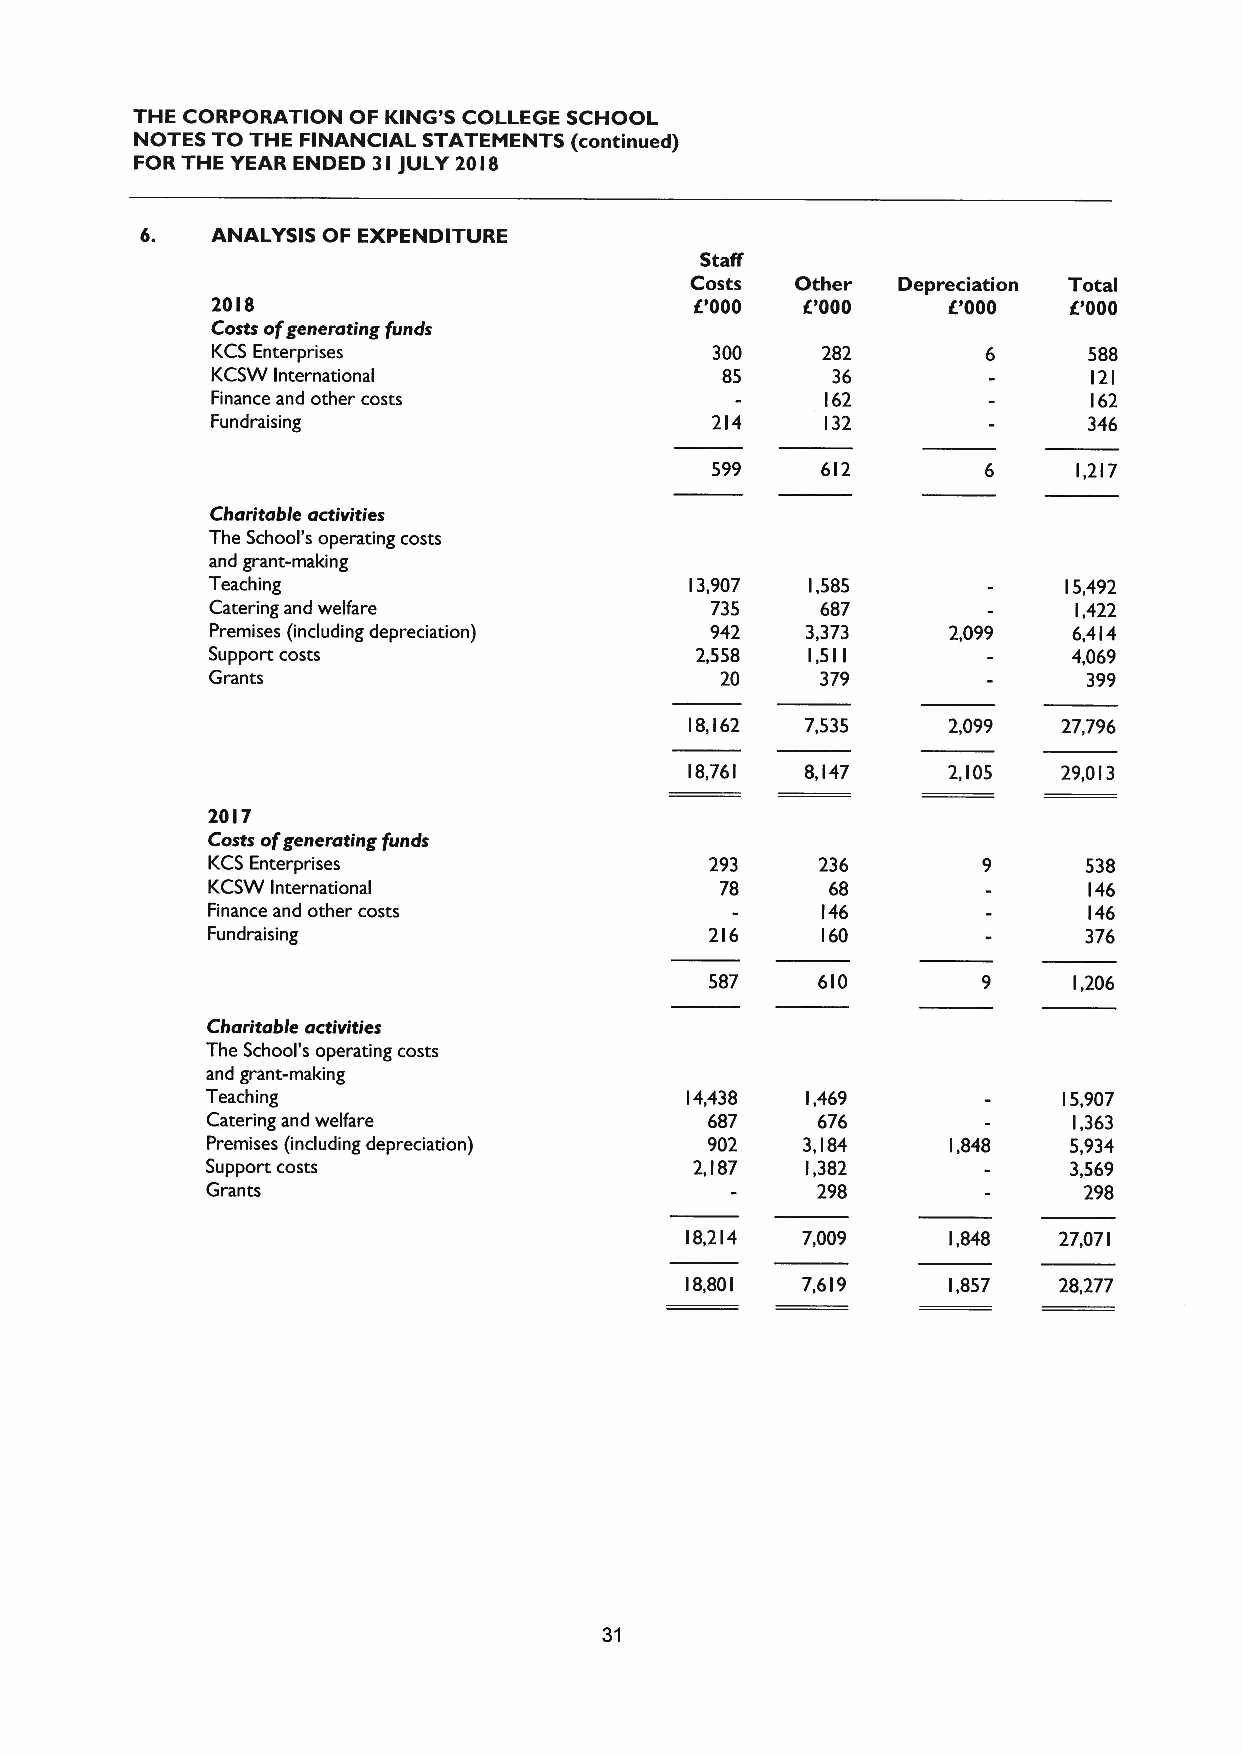
THE CORPORATION OF KING'S COLLEGE SCHOOL
 NOTES TO THE FINANCIAL STATEMENTS (continued)
 FOR THE YEAR ENDED 31JULY 20I8
 6.   ANALYSIS OF EXPENDITURE
 StaN
 Costs  Other Depreciation Total
 2018                            IE'000 6'000     8000    8000
 Costs ofgenerating funds
 KCS Enterprises                  300    282               588
 KCSW International                85     36               121
 Finance and other costs                  162              162
 Fundraising                      214     132              346
 599    612              1,217
 Charitobie activities
 The School's operating costs
 and grant-making
 Teaching                        13,907  1,585            15,492
 Catering and welfare             735    687              1,422
 Premises (including depreciation) 942  3,373     2,099   6,414
 Support costs                   2,558  1,5 I I           4,069
 Grants                            20    379               399
 18,162 7,535     2,099  27,796
 18,761 8,147     2,105  29,013
 20I7
 Costs ofgenerating funds
 KCS Enterprises                  293    236               538
 KCSW International                78     68               146
 Finance and other costs                 146               146
 Fundraising                      216    160               376
 587    610              1,206
 Charitable activities
 The School's operating costs
 and grant-making
 Teaching                       14,438  1,469            15,907
 Catering and welfare             687    676              1,363
 Premises (including depreciation) 902  3,184     1,848   5,934
 Support costs                   2,187  1,382             3,569
 Grants                                  298               298
 18,214  7,009     1,848  27,071
 18,801  7,619     1,857  28,277
 31